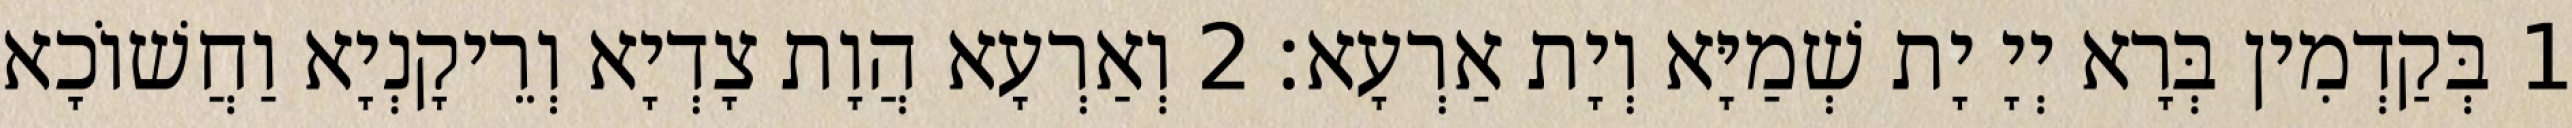
1 בְּקַדְמִין בְּרָא יְיָ יָת שְׁמַיָּא וְיָת אַרְעָא׃ 2 וְאַרְעָא הֲוָת צָדְיָא וְרֵיקָנְיָא וַחֲשׁוֹכָא